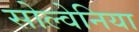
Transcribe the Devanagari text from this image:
सोल्वेनिया